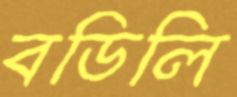
বডিলি